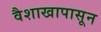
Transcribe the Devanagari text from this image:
वैशाखापासून